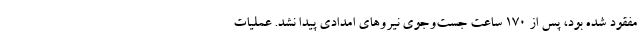
مفقود شده بود، پس از ۱۷۰ ساعت جست‌وجوی نیروهای امدادی پیدا نشد. عملیات